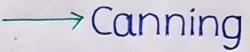
----> Canning